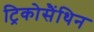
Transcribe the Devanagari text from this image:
ट्रिकोसैंथिन